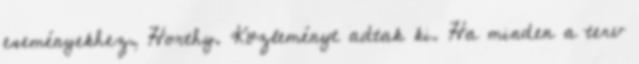
eseményekhez, Horthy. Közleményt adtak ki. Ha minden a terv